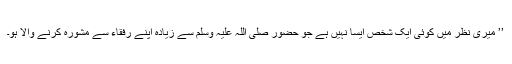
’’ میری نظر میں کوئی ایک شخص ایسا نہیں ہے جو حضور صلی اللہ علیہ وسلم سے زیادہ اپنے رفقاء سے مشورہ کرنے والا ہو۔